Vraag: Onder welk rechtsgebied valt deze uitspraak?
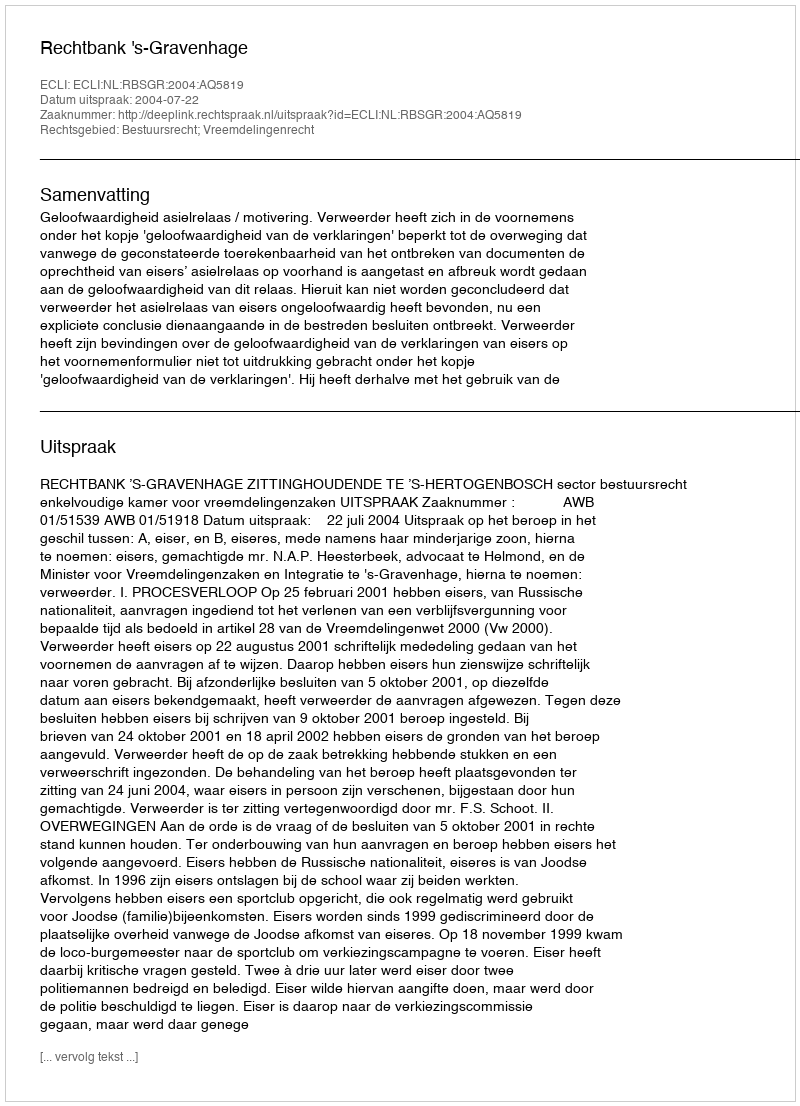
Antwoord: Bestuursrecht; Vreemdelingenrecht